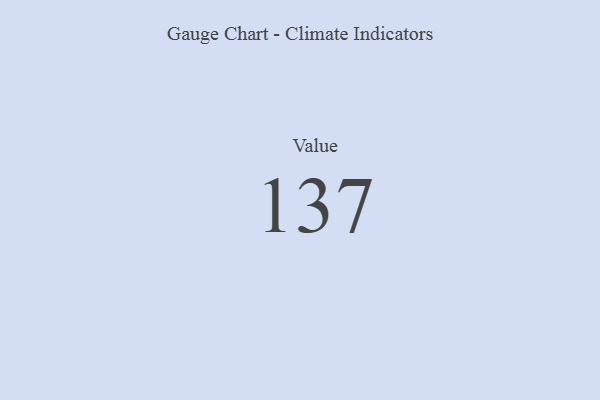
{"axis": {"x": "Metric", "y": "Value"}, "legend": [""], "data": [{"x": "Value", "y": 137, "type": ""}]}